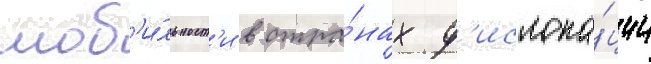
моб'и́льност'и в стра́нах д'ислока́ции